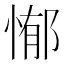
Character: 𭝣